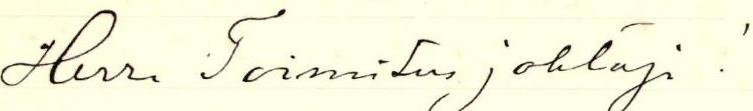
Herr. Toimitusjohtaja!